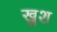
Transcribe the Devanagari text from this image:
खु़श